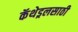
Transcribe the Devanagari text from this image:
कॅथेड्रलसाठी